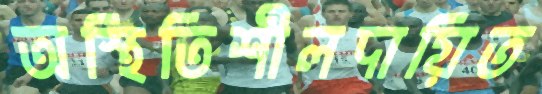
অস্থিতিশীলদায়িত